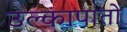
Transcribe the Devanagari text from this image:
उल्कापातों